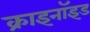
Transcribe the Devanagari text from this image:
क्राइनॉइड